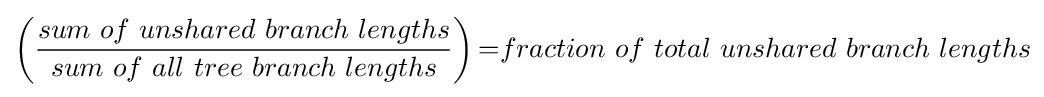
\left({\frac {sum~of~unshared~branch~lengths}{sum~of~all~tree~branch~lengths}}\right){=}fraction~of~total~unshared~branch~lengths